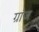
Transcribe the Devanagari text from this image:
ग्रांज